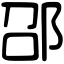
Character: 邵